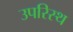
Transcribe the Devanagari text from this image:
उपरिस्थ